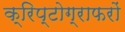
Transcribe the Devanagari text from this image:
क्रिप्टोग्राफरों